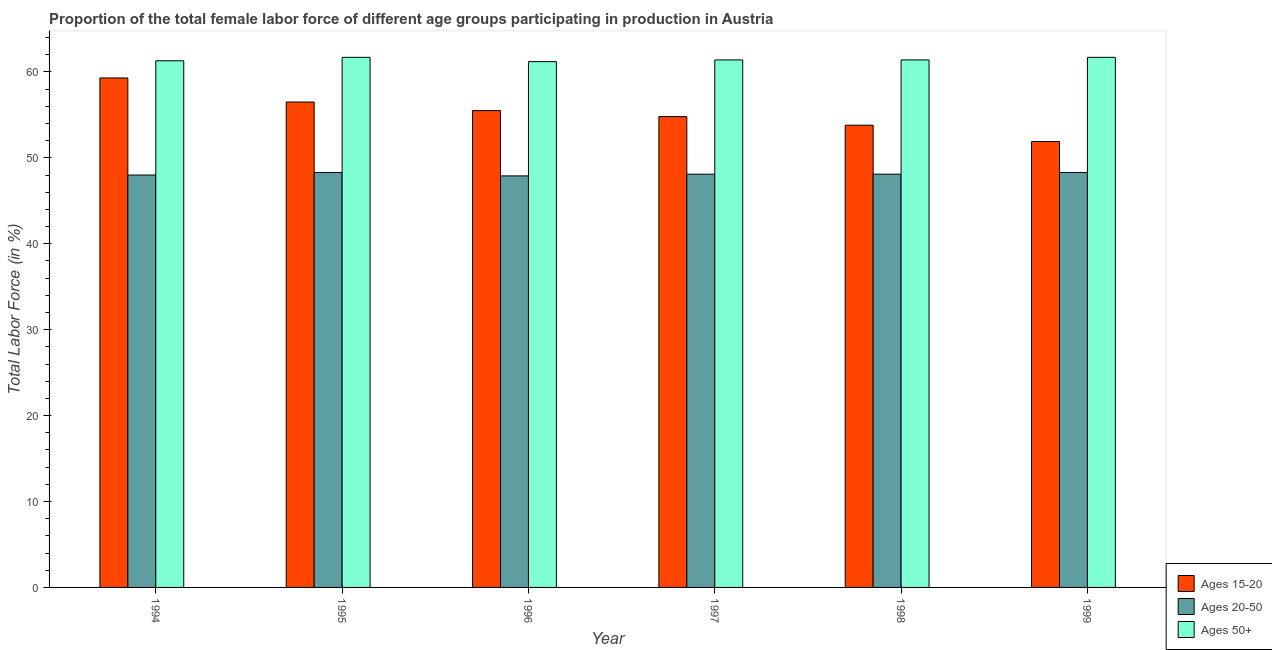
| Year | Ages 15-20 | Ages 20-50 | Ages 50+ |
 | --- | --- | --- | --- |
 | 1994 | 59.3 | 48 | 61.3 |
 | 1995 | 56.5 | 48.3 | 61.7 |
 | 1996 | 55.5 | 47.9 | 61.2 |
 | 1997 | 54.8 | 48.1 | 61.4 |
 | 1998 | 53.8 | 48.1 | 61.4 |
 | 1999 | 51.9 | 48.3 | 61.7 |